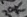
Text: 20K